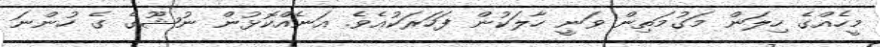
މީހެއްގެ ހިލަން މަގުމަތިން ވަނީ ހާލަކުން ފަހަރަކުއެވެ. އަނެއްކޮޅުން ނުޝޫގެ ގެ ހުންނަ